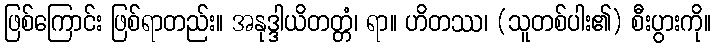
ဖြစ်ကြောင်း ဖြစ်ရာတည်း။ အနုဒ္ဒါယိတတ္တံ၊ ရာ။ ဟိတဿ၊ (သူတစ်ပါး၏) စီးပွားကို။